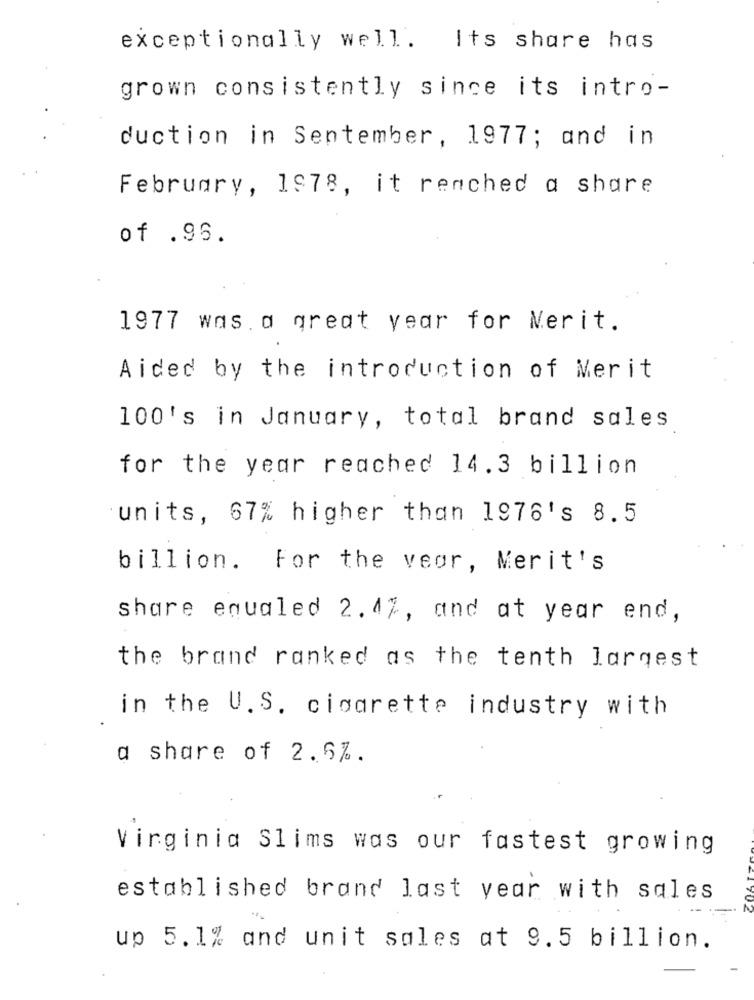
exceptionally well. Its share has
grown consistently since its intro-
duction in Sentember, 1977; and in
February, 1978, it renched a share
of .96.
1977 was a great year for Merit.
Aided by the introduction of Merit
100's in January, total brand sales
for the year reached 14.3 billion
units, 67% higher than 1976's 8.5
billion. For the veor, Merit's
share equaled 2.47, and at year end,
the brand ranked as the tenth largest
in the U.S. cigarette industry with
a share of 2.5%.
virginia Slims was our fastest growing
established brand last year with sales
70.
up 5.1% and unit sales at 9.5 billion.